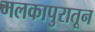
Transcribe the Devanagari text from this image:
मलकापुरातून